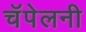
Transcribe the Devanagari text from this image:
चॅपेलनी